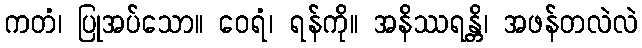
ကတံ၊ ပြုအပ်သော။ ဝေရံ၊ ရန်ကို။ အနိဿရန္တိ၊ အဖန်တလဲလဲ